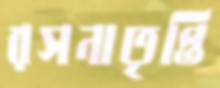
রসনাতৃপ্তি